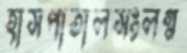
হাসপাতালসংলগ্ন